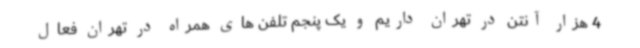
4 هزار آنتن در تهران داریم و یک پنجم تلفن های همراه در تهران فعال